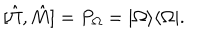
LaTeX: [ \hat { \Pi } , \hat { M } ] = P _ { \Omega } = | \Omega \rangle \langle \Omega | .